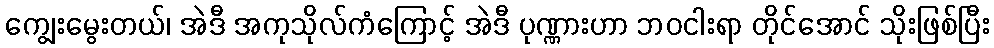
ကျွေးမွေးတယ်၊ အဲဒီ အကုသိုလ်ကံကြောင့် အဲဒီ ပုဏ္ဏားဟာ ဘဝငါးရာ တိုင်အောင် သိုးဖြစ်ပြီး